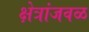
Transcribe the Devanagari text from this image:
क्षेत्रांजवळ